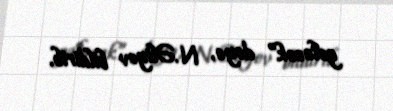
gələcək” deyə, N.Əliyev bildirib.